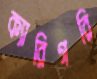
ক্যারিগরি